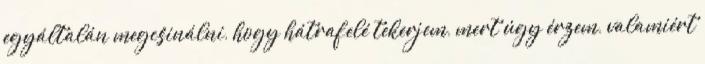
egyáltalán megcsinálni, hogy hátrafelé tekerjem, mert úgy érzem, valamiért